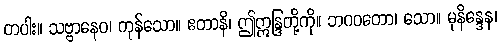
တပါး။ သဗ္ဗာနေဝ၊ ကုန်သော။ ဧတာနိ၊ ဤဣန္ဒြတို့ကို။ ဘဂဝတော၊ သော။ မုနိန္ဒေန၊